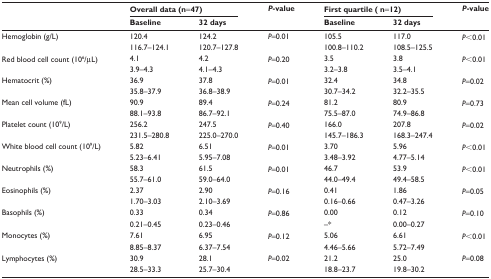
<table><thead><tr><td rowspan="2"></td><td colspan="2"><b>Overall data (n=47)</b></td><td rowspan="2"><b><i>P</i>-value</b></td><td colspan="2"><b>First quartile (n=12)</b></td><td rowspan="2"><b><i>P</i>-value</b></td></tr><tr><td><b>Baseline</b></td><td><b>32 days</b></td><td><b>Baseline</b></td><td><b>32 days</b></td></tr></thead><tbody><tr><td rowspan="2">Hemoglobin (g/L)</td><td>120.4</td><td>124.2</td><td><i>P</i>=0.01</td><td>105.5</td><td>117.0</td><td rowspan="2"><i>P</i>&lt;0.01</td></tr><tr><td>116.7–124.1</td><td>120.7–127.8</td><td></td><td>100.8–110.2</td><td>108.5–125.5</td></tr><tr><td rowspan="2">Red blood cell count (10<sup>6</sup>/μL)</td><td>4.1</td><td>4.2</td><td><i>P</i>=0.20</td><td>3.5</td><td>3.8</td><td rowspan="2"><i>P</i>&lt;0.01</td></tr><tr><td>3.9–4.3</td><td>4.1–4.3</td><td></td><td>3.2–3.8</td><td>3.5–4.1</td></tr><tr><td rowspan="2">Hematocrit (%)</td><td>36.9</td><td>37.8</td><td><i>P</i>=0.01</td><td>32.4</td><td>34.8</td><td rowspan="2"><i>P</i>=0.02</td></tr><tr><td>35.8–37.9</td><td>36.8–38.9</td><td></td><td>30.7–34.2</td><td>32.2–35.5</td></tr><tr><td rowspan="2">Mean cell volume (fL)</td><td>90.9</td><td>89.4</td><td><i>P</i>=0.24</td><td>81.2</td><td>80.9</td><td rowspan="2"><i>P</i>=0.73</td></tr><tr><td>88.1–93.8</td><td>86.7–92.1</td><td></td><td>75.5–87.0</td><td>74.9–86.8</td></tr><tr><td rowspan="2">Platelet count (10<sup>9</sup>/L)</td><td>256.2</td><td>247.5</td><td><i>P</i>=0.40</td><td>166.0</td><td>207.8</td><td rowspan="2"><i>P</i>=0.02</td></tr><tr><td>231.5–280.8</td><td>225.0–270.0</td><td></td><td>145.7–186.3</td><td>168.3–247.4</td></tr><tr><td rowspan="2">White blood cell count (10<sup>9</sup>/L)</td><td>5.82</td><td>6.51</td><td><i>P</i>=0.01</td><td>3.70</td><td>5.96</td><td rowspan="2"><i>P</i>&lt;0.01</td></tr><tr><td>5.23–6.41</td><td>5.95–7.08</td><td></td><td>3.48–3.92</td><td>4.77–5.14</td></tr><tr><td rowspan="2">Neutrophils (%)</td><td>58.3</td><td>61.5</td><td><i>P</i>=0.01</td><td>46.7</td><td>53.9</td><td rowspan="2"><i>P</i>&lt;0.01</td></tr><tr><td>55.7–61.0</td><td>59.0–64.0</td><td></td><td>44.0–49.4</td><td>49.4–58.5</td></tr><tr><td rowspan="2">Eosinophils (%)</td><td>2.37</td><td>2.90</td><td><i>P</i>=0.16</td><td>0.41</td><td>1.86</td><td rowspan="2"><i>P</i>=0.05</td></tr><tr><td>1.70–3.03</td><td>2.10–3.69</td><td></td><td>0.16–0.66</td><td>0.47–3.26</td></tr><tr><td rowspan="2">Basophils (%)</td><td>0.33</td><td>0.34</td><td><i>P</i>=0.86</td><td>0.00</td><td>0.12</td><td rowspan="2"><i>P</i>=0.10</td></tr><tr><td>0.21–0.45</td><td>0.23–0.46</td><td></td><td>–*</td><td>0.00–0.27</td></tr><tr><td rowspan="2">Monocytes (%)</td><td>7.61</td><td>6.95</td><td><i>P</i>=0.12</td><td>5.06</td><td>6.61</td><td rowspan="2"><i>P</i>&lt;0.01</td></tr><tr><td>8.85–8.37</td><td>6.37–7.54</td><td></td><td>4.46–5.66</td><td>5.72–7.49</td></tr><tr><td rowspan="2">Lymphocytes (%)</td><td>30.9</td><td>28.1</td><td><i>P</i>=0.02</td><td>21.2</td><td>25.0</td><td rowspan="2"><i>P</i>=0.08</td></tr><tr><td>28.5–33.3</td><td>25.7–30.4</td><td></td><td>18.8–23.7</td><td>19.8–30.2</td></tr></tbody></table>